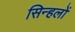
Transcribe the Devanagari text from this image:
सिन्हलों